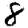
Digit: 8